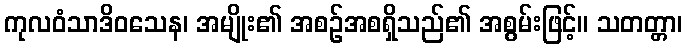
ကုလဝံသာဒိဝသေန၊ အမျိုး၏ အစဉ်အစရှိသည်၏ အစွမ်းဖြင့်။ သတတ္တာ၊